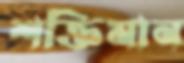
শক্তিমান